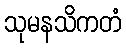
သုမနသိကတံ